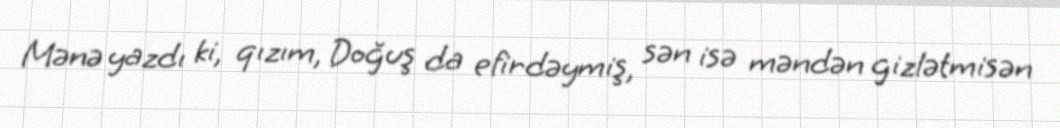
Mənə yazdı ki, qızım, Doğuş da efirdəymiş, sən isə məndən gizlətmisən